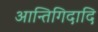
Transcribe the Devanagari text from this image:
आन्तिगिदादि